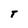
Character: T